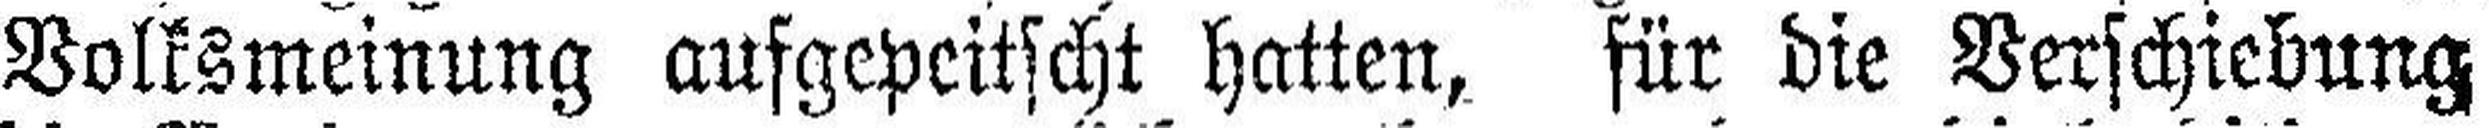
Volksmeinung aufgepeitscht hatten, für die Verschiebung